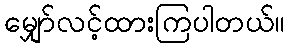
မျှော်လင့်ထားကြပါတယ်။